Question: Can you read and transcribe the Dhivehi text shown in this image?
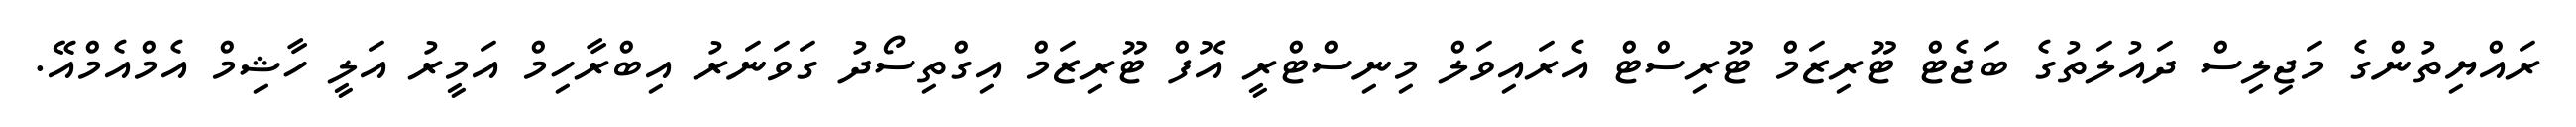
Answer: ރައްޔިތުންގެ މަޖިލިސް ދައުލަތުގެ ބަޖެޓް ޓޫރިޒަމް ޓޫރިސްޓް އެރައިވަލް މިނިސްޓްރީ އޮފް ޓޫރިޒަމް އިގްތިސޯދު ގަވަނަރު އިބްރާހިމް އަމީރު އަލީ ހާޝިމް އެމްއެމްއޭ.